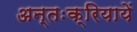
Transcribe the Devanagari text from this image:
अन्तःक्रियायें